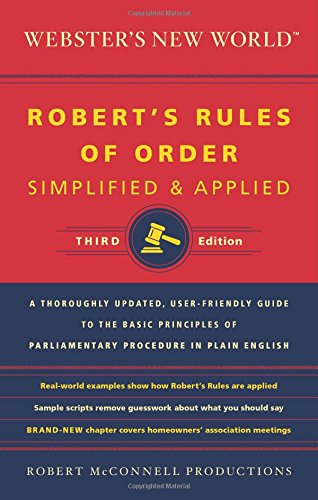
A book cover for Webster's New World Robert's Rules of Order Simplified and Applied, Third Edition; Robert McConnell Productions; Business & Money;